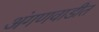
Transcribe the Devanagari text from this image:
अंगणवाडीत